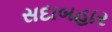
સદાબહાર